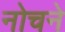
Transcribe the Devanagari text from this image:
नोचने